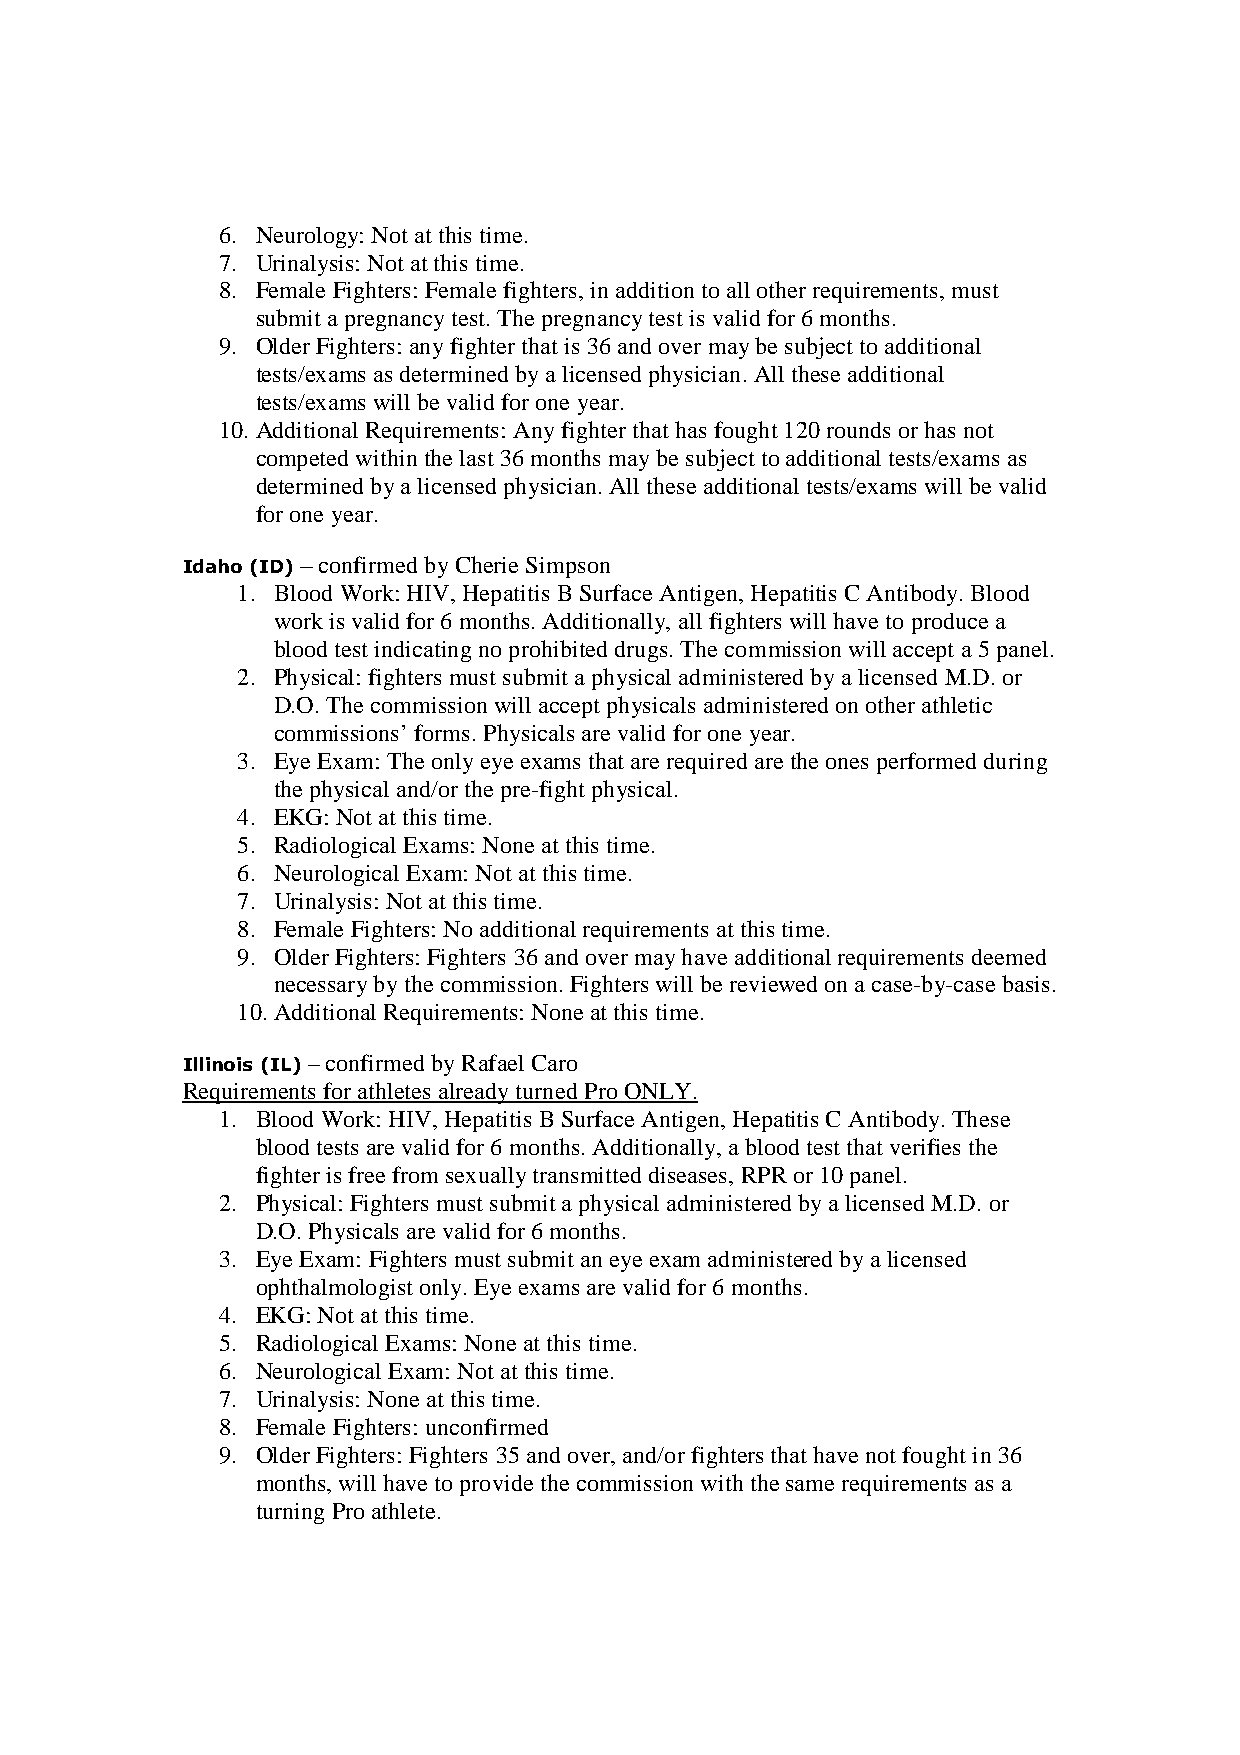
6. Neurology: Not at this time.
 7. Urinalysis: Not at this time.
 8. Female Fighters: Female fighters, in addition to all other requirements, must
 submit a pregnancy test. The pregnancy test is valid for 6 months.
 9. Older Fighters: any fighter that is 36 and over may be subject to additional
 tests/exams as determined by a licensed physician. All these additional
 tests/exams will be valid for one year.
 10. Additional Requirements: Any fighter that has fought 120 rounds or has not
 competed within the last 36 months may be subject to additional tests/exams as
 determined by a licensed physician. All these additional tests/exams will be valid
 for one year.
 Idaho (ID) –––– confirmed by Cherie Simpson
 1. Blood Work: HIV, Hepatitis B Surface Antigen, Hepatitis C Antibody. Blood
 work is valid for 6 months. Additionally, all fighters will have to produce a
 blood test indicating no prohibited drugs. The commission will accept a 5 panel.
 2. Physical: fighters must submit a physical administered by a licensed M.D. or
 D.O. The commission will accept physicals administered on other athletic
 commissions’ forms. Physicals are valid for one year.
 3. Eye Exam: The only eye exams that are required are the ones performed during
 the physical and/or the pre-fight physical.
 4. EKG: Not at this time.
 5. Radiological Exams: None at this time.
 6. Neurological Exam: Not at this time.
 7. Urinalysis: Not at this time.
 8. Female Fighters: No additional requirements at this time.
 9. Older Fighters: Fighters 36 and over may have additional requirements deemed
 necessary by the commission. Fighters will be reviewed on a case-by-case basis.
 10. Additional Requirements: None at this time.
 Illinois (IL) – confirmed by Rafael Caro
 Requirements for athletes already turned Pro ONLY.
 1. Blood Work: HIV, Hepatitis B Surface Antigen, Hepatitis C Antibody. These
 blood tests are valid for 6 months. Additionally, a blood test that verifies the
 fighter is free from sexually transmitted diseases, RPR or 10 panel.
 2. Physical: Fighters must submit a physical administered by a licensed M.D. or
 D.O. Physicals are valid for 6 months.
 3. Eye Exam: Fighters must submit an eye exam administered by a licensed
 ophthalmologist only. Eye exams are valid for 6 months.
 4. EKG: Not at this time.
 5. Radiological Exams: None at this time.
 6. Neurological Exam: Not at this time.
 7. Urinalysis: None at this time.
 8. Female Fighters: unconfirmed
 9. Older Fighters: Fighters 35 and over, and/or fighters that have not fought in 36
 months, will have to provide the commission with the same requirements as a
 turning Pro athlete.